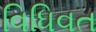
વિધિવત